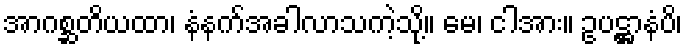
အာဂစ္ဆတိယထာ၊ နံနက်အခါလာသကဲ့သို့။ မေ၊ ငါအား။ ဥပဋ္ဌာနံပိ၊